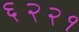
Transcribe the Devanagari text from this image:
६२२१